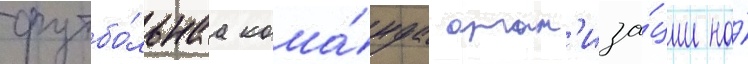
футбо́льнаа кома́нда орган'иза́ции на́